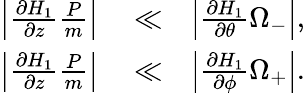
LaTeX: \begin{array}{rlr}{\left|\frac{\partial H_{1}}{\partial z}\frac{P}{m}\right|}&{{}\ll}&{\left|\frac{\partial H_{1}}{\partial\theta}\Omega_{-}\right|,}\\ {\left|\frac{\partial H_{1}}{\partial z}\frac{P}{m}\right|}&{{}\ll}&{\left|\frac{\partial H_{1}}{\partial\phi}\Omega_{+}\right|.}\end{array}